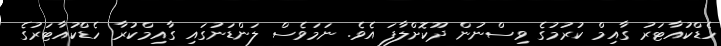
ހެޑްކުއާޓަރު ގާއިމް ކުރުމުގެ ވިސްނުން ދޫކޮށްލާފަ އެވެ. ނަމަވެސް ލަންޑަނުގައި ގާއިމްކުރާ ހެޑްކުއާޓަރުގެ